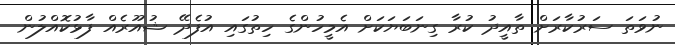
ނުވަތަ ސަރުކާރަށް ތާއީދު ކުރާ ގިނަބަޔަކަށް އެމީހުންގެ ހިތުގައި އުފެދޭ ޝުއޫރެއް ފާޅުކޮއްލުން